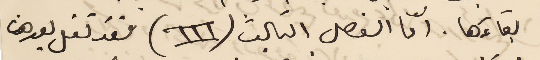
بقاءَها. اما الفصل الثالث (III) فقد نقل بعدها